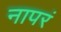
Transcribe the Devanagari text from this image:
नापरं